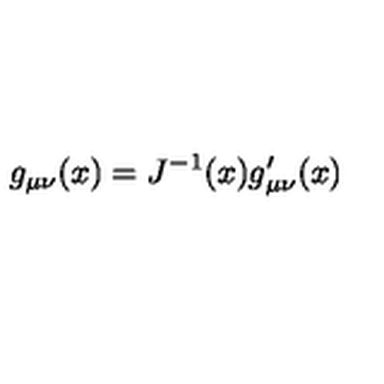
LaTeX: g _ { \mu \nu } ( x ) = J ^ { - 1 } ( x ) g _ { \mu \nu } ^ { \prime } ( x )